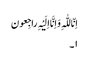
اِنّا للّٰہِ وَ اِنَّا اِلَیْہِ راجِعون
١۔